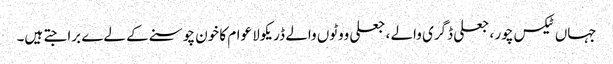
جہاں ٹیکس چور ، جعلی ڈگری والے ، جعلی ووٹوں والے ڈریکولا عوام کا خون چوسنے کے لےے برا جتے ہیں۔